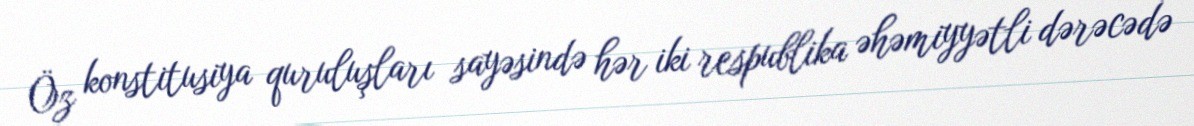
Öz konstitusiya quruluşları sayəsində hər iki respublika əhəmiyyətli dərəcədə